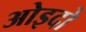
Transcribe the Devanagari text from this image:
ओइदो